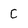
Character: C